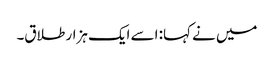
میں نے کہا: اسے ایک ہزار طلاق۔